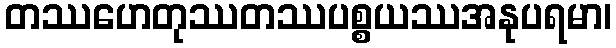
တဿဟေတုဿတဿပစ္စယဿအနုပရမာ၊